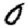
Digit: 0